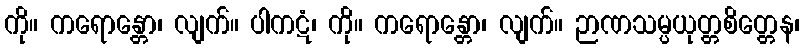
ကို။ ကရောန္တော၊ လျက်။ ပါကဋံ၊ ကို။ ကရောန္တော၊ လျက်။ ဉာဏသမ္ပယုတ္တစိတ္တေန၊